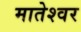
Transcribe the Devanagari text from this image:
मातेश्वर